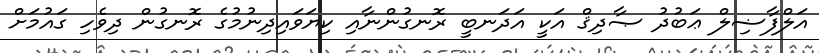
އަލްފާޟިލް ޢަބުދު ޞާދިޤް އަކީ އަދަނބީ ރޮނގުންނާއި ކިޔަވައިދިނުމުގެ ރޮނގުން ދިވެހި ގައުމަށް